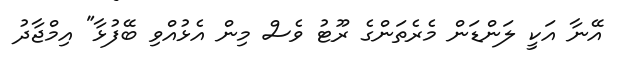
އޭނާ އަކީ ލަންޑަން މެރެތަންގެ ރޫޓު ވެސް މިން އެޅުއްވި ބޭފުޅާ" އިމްޖާދު